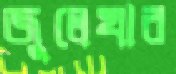
জুলেখার